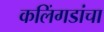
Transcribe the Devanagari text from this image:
कलिंगडांचा